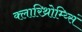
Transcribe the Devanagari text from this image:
क्लारिथ्रोम्य्सिं